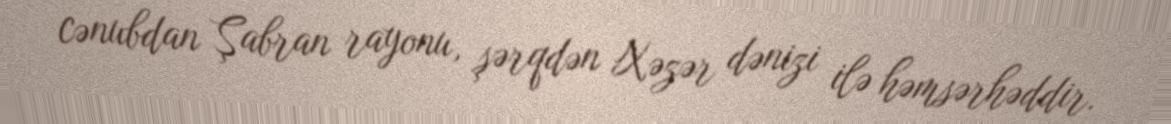
cənubdan Şabran rayonu, şərqdən Xəzər dənizi ilə həmsərhəddir.